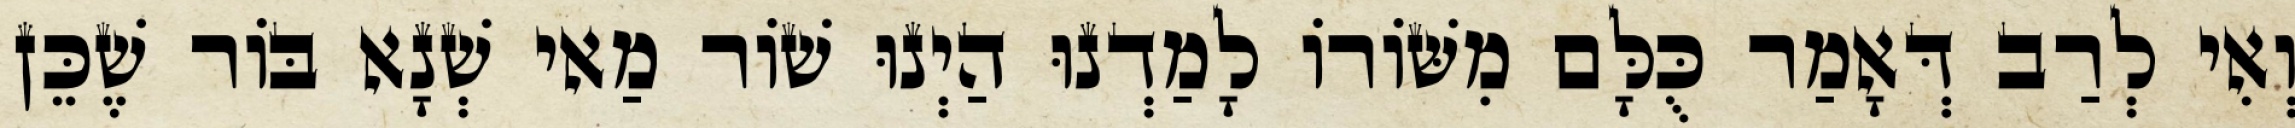
וְאִי לְרַב דְּאָמַר כֻּלָּם מִשּׁוֹרוֹ לָמַדְנוּ הַיְנוּ שׁוֹר מַאי שְׁנָא בּוֹר שֶׁכֵּן